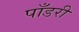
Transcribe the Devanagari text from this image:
पाँडरी